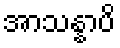
အာသန္နာပိ